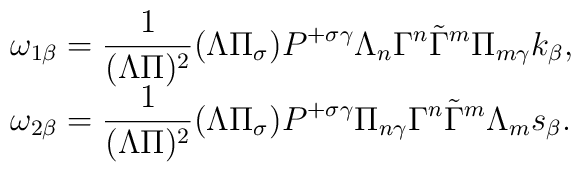
\begin{array}{l} \omega_{1\beta}=\displaystyle\frac 1{(\Lambda\Pi)^2}(\Lambda\Pi_\sigma)P^{+\sigma\gamma}\Lambda_n\Gamma^n\tilde\Gamma^m\Pi_{m\gamma}k_\beta,\\\omega_{2\beta}=\displaystyle\frac 1{(\Lambda\Pi)^2}(\Lambda\Pi_\sigma)P^{+\sigma\gamma}\Pi_{n\gamma}\Gamma^n\tilde\Gamma^m \Lambda_ms_\beta.\end{array}